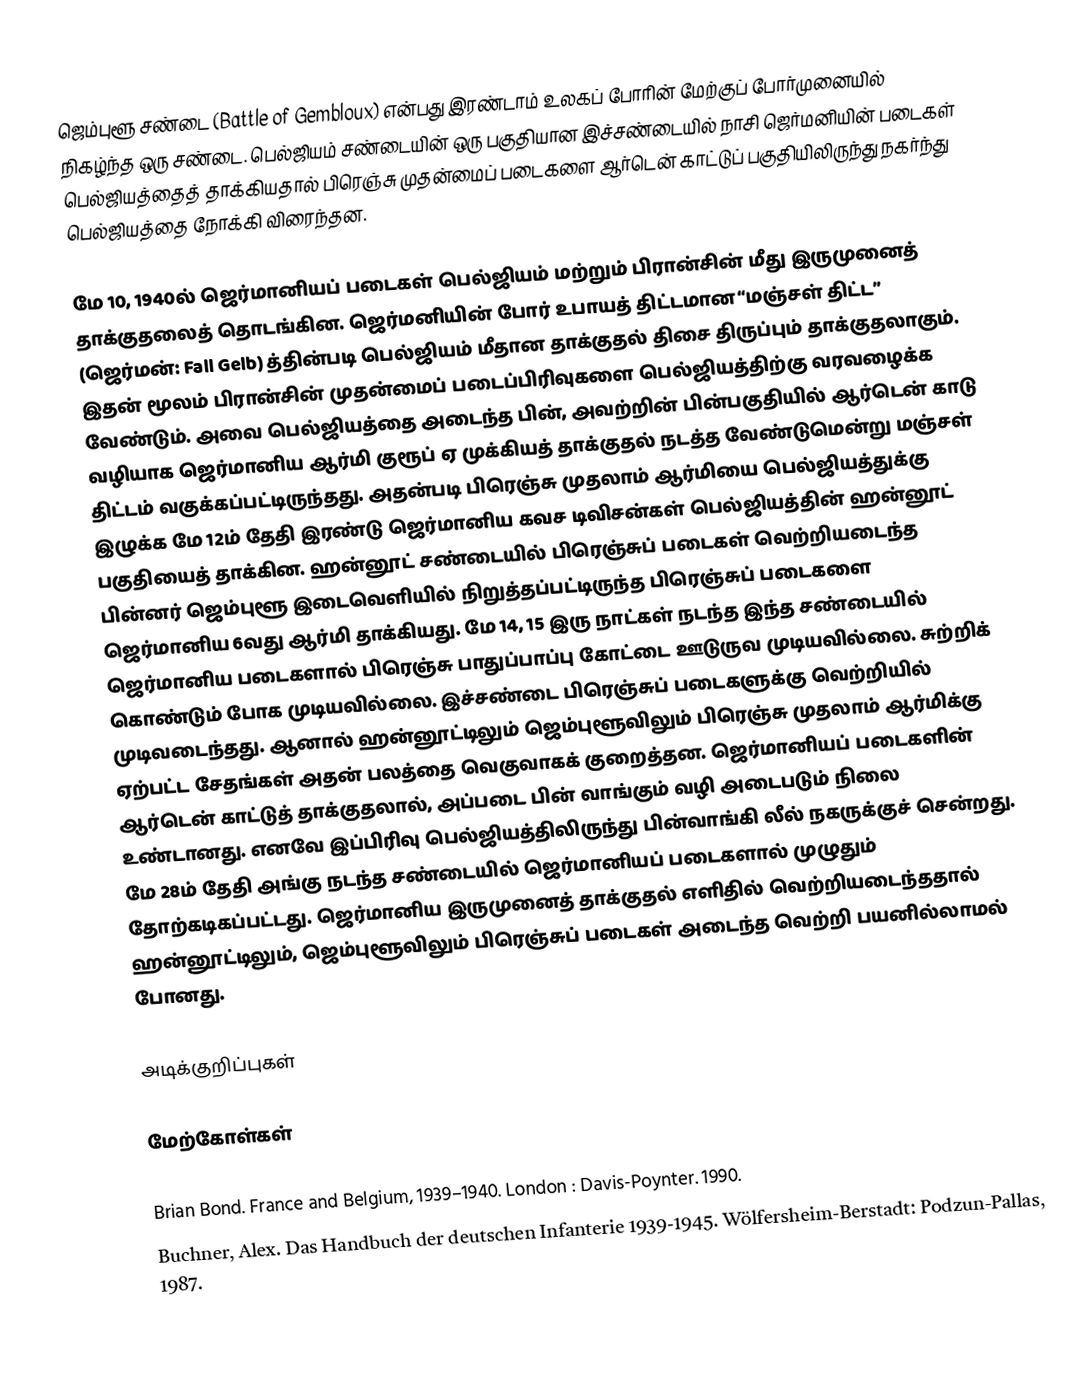
ஜெம்புளூ சண்டை (Battle of Gembloux) என்பது இரண்டாம் உலகப் போரின் மேற்குப் போர்முனையில் நிகழ்ந்த ஒரு சண்டை. பெல்ஜியம் சண்டையின் ஒரு பகுதியான இச்சண்டையில் நாசி ஜெர்மனியின் படைகள் பெல்ஜியத்தைத் தாக்கியதால் பிரெஞ்சு முதன்மைப் படைகளை ஆர்டென் காட்டுப் பகுதியிலிருந்து நகர்ந்து பெல்ஜியத்தை நோக்கி விரைந்தன.

மே 10, 1940ல் ஜெர்மானியப் படைகள் பெல்ஜியம் மற்றும் பிரான்சின் மீது இருமுனைத் தாக்குதலைத் தொடங்கின. ஜெர்மனியின் போர் உபாயத் திட்டமான “மஞ்சள் திட்ட” (ஜெர்மன்: Fall Gelb) த்தின்படி பெல்ஜியம் மீதான தாக்குதல் திசை திருப்பும் தாக்குதலாகும். இதன் மூலம் பிரான்சின் முதன்மைப் படைப்பிரிவுகளை பெல்ஜியத்திற்கு வரவழைக்க வேண்டும். அவை பெல்ஜியத்தை அடைந்த பின், அவற்றின் பின்பகுதியில் ஆர்டென் காடு வழியாக ஜெர்மானிய ஆர்மி குரூப் ஏ முக்கியத் தாக்குதல் நடத்த வேண்டுமென்று மஞ்சள் திட்டம் வகுக்கப்பட்டிருந்தது. அதன்படி பிரெஞ்சு முதலாம் ஆர்மியை பெல்ஜியத்துக்கு இழுக்க மே 12ம் தேதி இரண்டு ஜெர்மானிய கவச டிவிசன்கள் பெல்ஜியத்தின் ஹன்னூட் பகுதியைத் தாக்கின. ஹன்னூட் சண்டையில் பிரெஞ்சுப் படைகள் வெற்றியடைந்த பின்னர் ஜெம்புளூ இடைவெளியில் நிறுத்தப்பட்டிருந்த பிரெஞ்சுப் படைகளை ஜெர்மானிய 6வது ஆர்மி தாக்கியது. மே 14, 15 இரு நாட்கள் நடந்த இந்த சண்டையில் ஜெர்மானிய படைகளால் பிரெஞ்சு பாதுப்பாப்பு கோட்டை ஊடுருவ முடியவில்லை. சுற்றிக் கொண்டும் போக முடியவில்லை. இச்சண்டை பிரெஞ்சுப் படைகளுக்கு வெற்றியில் முடிவடைந்தது. ஆனால் ஹன்னூட்டிலும் ஜெம்புளூவிலும் பிரெஞ்சு முதலாம் ஆர்மிக்கு ஏற்பட்ட சேதங்கள் அதன் பலத்தை வெகுவாகக் குறைத்தன. ஜெர்மானியப் படைகளின் ஆர்டென் காட்டுத் தாக்குதலால், அப்படை பின் வாங்கும் வழி அடைபடும் நிலை உண்டானது. எனவே இப்பிரிவு பெல்ஜியத்திலிருந்து பின்வாங்கி லீல் நகருக்குச் சென்றது. மே 28ம் தேதி அங்கு நடந்த சண்டையில் ஜெர்மானியப் படைகளால் முழுதும் தோற்கடிகப்பட்டது. ஜெர்மானிய இருமுனைத் தாக்குதல் எளிதில் வெற்றியடைந்ததால் ஹன்னூட்டிலும், ஜெம்புளூவிலும் பிரெஞ்சுப் படைகள் அடைந்த வெற்றி பயனில்லாமல் போனது.

அடிக்குறிப்புகள்

மேற்கோள்கள்

 Brian Bond. France and Belgium, 1939–1940. London : Davis-Poynter. 1990.
 Buchner, Alex. Das Handbuch der deutschen Infanterie 1939-1945. Wölfersheim-Berstadt: Podzun-Pallas, 1987.